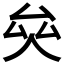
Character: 𠫯